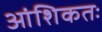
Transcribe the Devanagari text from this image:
आंशिकतः